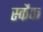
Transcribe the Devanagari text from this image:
स्कैफ